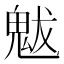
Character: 魃